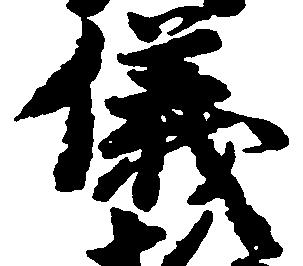
儀